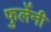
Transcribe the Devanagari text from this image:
फुलेंनी